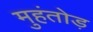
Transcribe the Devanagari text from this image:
मुहंतोड़